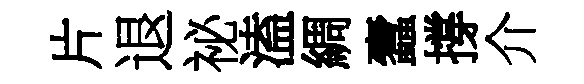
片退祕溘綢蠧撐介